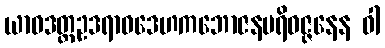
ယာဝဒတ္ထဥဒရာဝဒေဟကဘောဇနပရိဝဇ္ဇနေန ဝါ